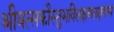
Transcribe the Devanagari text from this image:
श्रीवत्सकौस्तुभविलक्षणलक्षणस्य